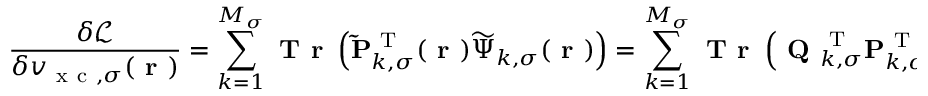
\frac { \delta \mathcal { L } } { \delta v _ { \mathrm { ~ x ~ c ~ } , \sigma } ( \boldsymbol { \textbf { r } } ) } = \sum _ { k = 1 } ^ { M _ { \sigma } } \textbf { T r } \left( \mathbf { \widetilde { P } } _ { k , \sigma } ^ { \mathrm { ~ T ~ } } ( \boldsymbol { \textbf { r } } ) \boldsymbol { \widetilde { \Psi } } _ { k , \sigma } ( \boldsymbol { \textbf { r } } ) \right) = \sum _ { k = 1 } ^ { M _ { \sigma } } \textbf { T r } \left( \textbf { Q } _ { k , \sigma } ^ { \mathrm { ~ T ~ } } \mathbf { P } _ { k , \sigma } ^ { \mathrm { ~ T ~ } } ( \boldsymbol { \textbf { r } } ) \boldsymbol { \Psi } _ { k , \sigma } ( \boldsymbol { \textbf { r } } ) \textbf { Q } _ { k , \sigma } \right) \, .